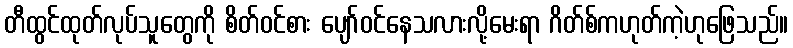
တီထွင်ထုတ်လုပ်သူတွေကို စိတ်ဝင်စား ပျော်ဝင်နေသလားလို့မေးရာ ဂိတ်စ်ကဟုတ်ကဲ့ဟုဖြေသည်။